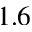
1 . 6